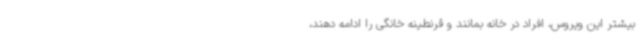
بیشتر این ویروس، افراد در خانه بمانند و قرنطینه خانگی را ادامه دهند،